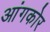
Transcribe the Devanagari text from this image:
आंगकोर